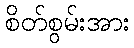
စိတ်စွမ်းအား